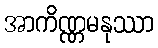
အာကိဏ္ဏမနုဿာ